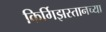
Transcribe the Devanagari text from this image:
किर्गिझस्तानच्या